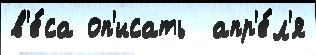
в'е́са оп'исать  апр'е́л'я